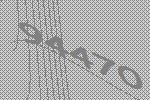
94470